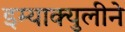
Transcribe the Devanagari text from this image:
इम्‍याक्‍युलीने